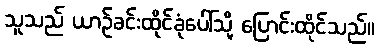
သူသည် ယာဉ်ခင်းထိုင်ခုံပေါ်သို့ ပြောင်းထိုင်သည်။